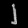
Digit: ၂